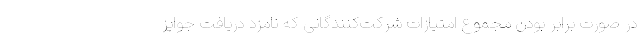
در صورت برابر بودن مجموع امتیازات شرکت‌کنندگانی که نامزد دریافت جوایز